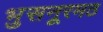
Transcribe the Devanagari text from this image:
भुसनूरमठ